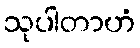
သုပါတာဟံ